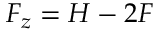
F _ { z } = H - 2 F